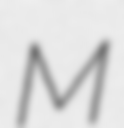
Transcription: M